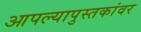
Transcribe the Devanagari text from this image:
आपल्यापुस्तकांवर